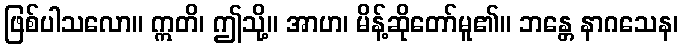
ဖြစ်ပါသလော။ ဣတိ၊ ဤသို့။ အာဟ၊ မိန့်ဆိုတော်မူ၏။ ဘန္တေ နာဂသေန၊